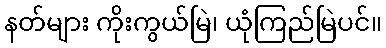
နတ်များ ကိုးကွယ်မြဲ၊ ယုံကြည်မြဲပင်။